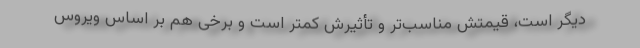
دیگر است، قیمتش مناسب‌تر و تأثیرش کمتر است و برخی هم بر اساس ویروس